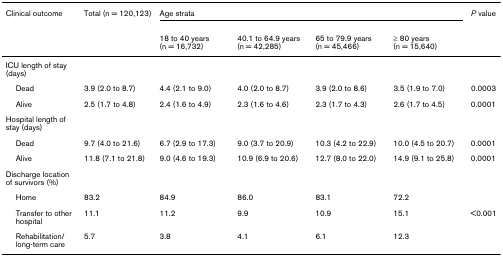
| Clinical outcome | Total (n = 120,123) | <COLSPAN=4> Age strata | P value |
 |  |  | 18 to 40 years (n = 16,732) | 40.1 to 64.9 years (n = 42,285) | 65 to 79.9 years (n = 45,466) | ≥ 80 years (n = 15,640) |  |
 | --- | --- | --- | --- | --- | --- | --- |
 | ICU length of stay (days) |  |  |  |  |  |  |
 | Dead | 3.9 (2.0 to 8.7) | 4.4 (2.1 to 9.0) | 4.0 (2.0 to 8.7) | 3.9 (2.0 to 8.6) | 3.5 (1.9 to 7.0) | 0.0003 |
 | Alive | 2.5 (1.7 to 4.8) | 2.4 (1.6 to 4.9) | 2.3 (1.6 to 4.6) | 2.3 (1.7 to 4.3) | 2.6 (1.7 to 4.5) | 0.0001 |
 | Hospital length of stay (days) |  |  |  |  |  |  |
 | Dead | 9.7 (4.0 to 21.6) | 6.7 (2.9 to 17.3) | 9.0 (3.7 to 20.9) | 10.3 (4.2 to 22.9) | 10.0 (4.5 to 20.7) | 0.0001 |
 | Alive | 11.8 (7.1 to 21.8) | 9.0 (4.6 to 19.3) | 10.9 (6.9 to 20.6) | 12.7 (8.0 to 22.0) | 14.9 (9.1 to 25.8) | 0.0001 |
 | Discharge location of survivors (%) |  |  |  |  |  |  |
 | Home | 83.2 | 84.9 | 86.0 | 83.1 | 72.2 |  |
 | Transfer to other hospital | 11.1 | 11.2 | 9.9 | 10.9 | 15.1 | <0.001 |
 | Rehabilitation/long-term care | 5.7 | 3.8 | 4.1 | 6.1 | 12.3 |  |